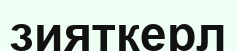
зияткерл